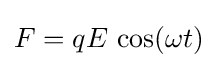
F=qE\,\cos(\omega t)